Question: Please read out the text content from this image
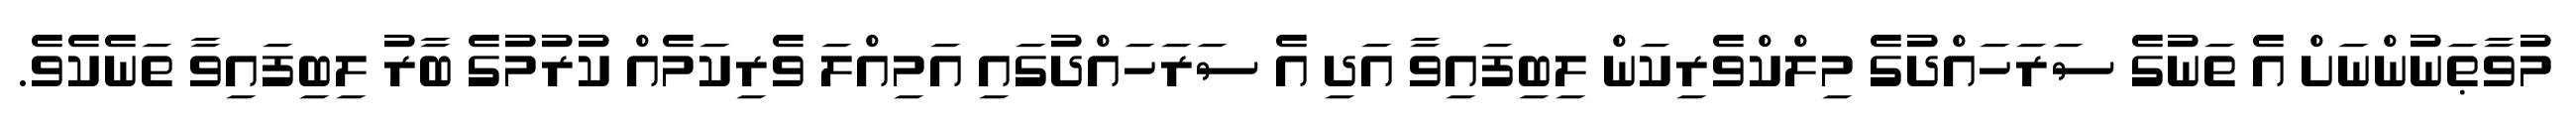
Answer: މުވާޠަނުންނަށް އެ ތަނުގެ ސަރަހައްދުގެ މިލްކްވެރިކަން ލިބިފައިވާ އަދި އެ ސަރަހައްދުގައި އަމިއްލަ ވެރިކަމެއް ކުރުމުގެ ބާރު ލިބިފައިވާ ތަނެކެވެ.